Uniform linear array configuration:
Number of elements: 48
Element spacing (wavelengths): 1
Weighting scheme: hann
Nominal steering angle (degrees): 15
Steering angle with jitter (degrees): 15.902
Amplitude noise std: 0.05
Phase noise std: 0.05

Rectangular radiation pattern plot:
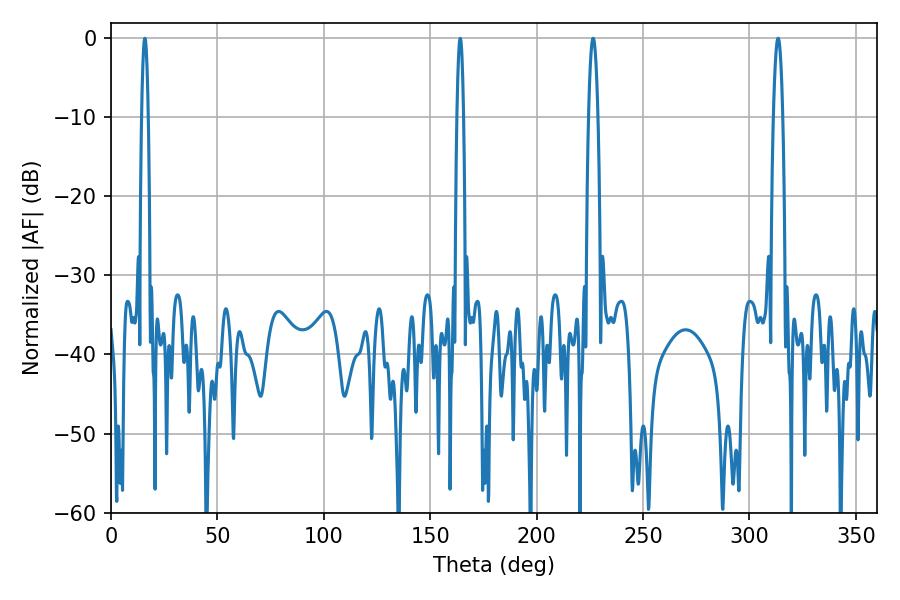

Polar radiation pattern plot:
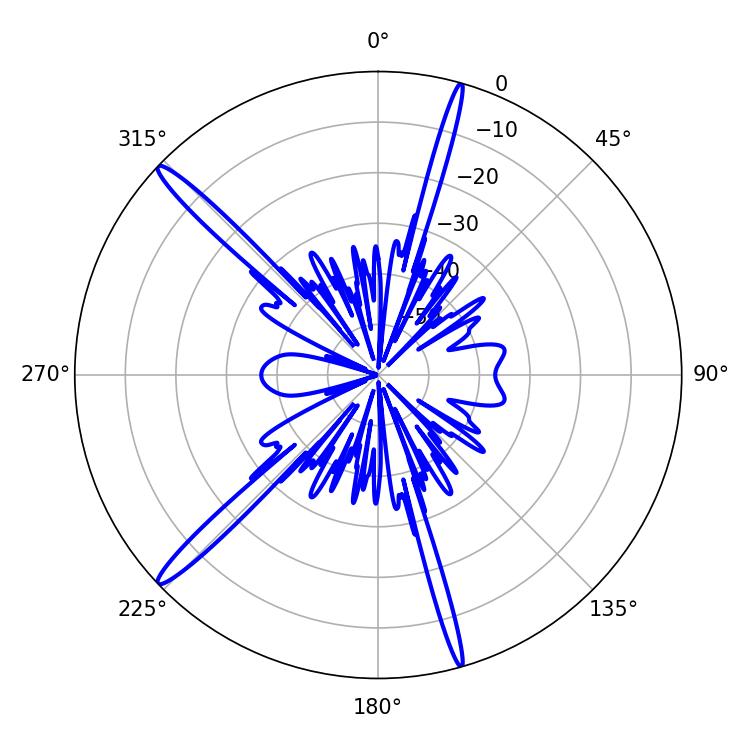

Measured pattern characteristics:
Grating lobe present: TRUE
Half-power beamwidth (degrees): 2.34
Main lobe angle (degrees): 313.38